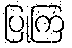
ပြုကြ